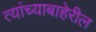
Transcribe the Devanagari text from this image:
त्यांच्याबाहेरील